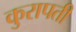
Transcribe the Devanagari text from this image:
कुरापती